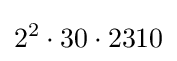
2^{2}\cdot 30\cdot 2310